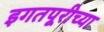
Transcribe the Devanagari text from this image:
इगतपूरीच्या